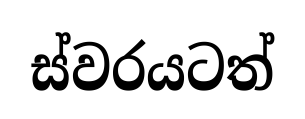
ස්වරයටත්